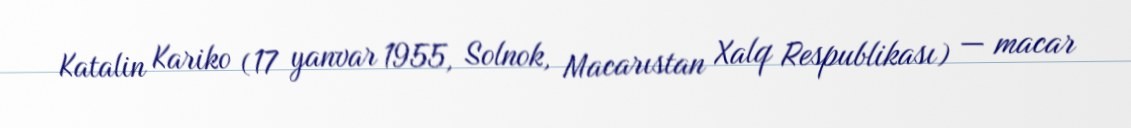
Katalin Kariko (17 yanvar 1955, Solnok, Macarıstan Xalq Respublikası) — macar